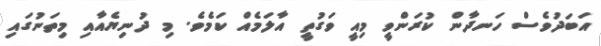
އަބަދުވެސް ހަނދާން ކުރަންވީ މިއީ ވަގުތީ އާލަމެއް ކަމެވެ. މި ދުނިޔެއާއި މިތަނުގައި